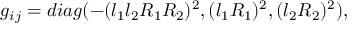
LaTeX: g _ { i j } = d i a g ( - ( l _ { 1 } l _ { 2 } R _ { 1 } R _ { 2 } ) ^ { 2 } , ( l _ { 1 } R _ { 1 } ) ^ { 2 } , ( l _ { 2 } R _ { 2 } ) ^ { 2 } ) ,